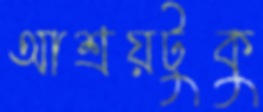
আশ্রয়টুকু